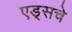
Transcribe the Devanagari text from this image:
एड्‌सचे